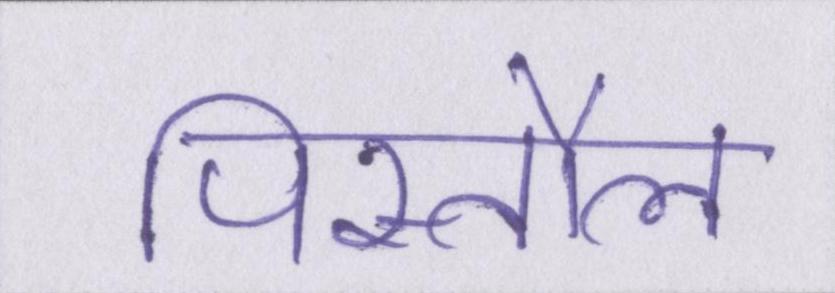
पिस्तौल